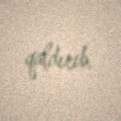
qaldırıb.